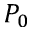
P _ { 0 }